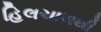
હિલચાલથી